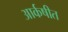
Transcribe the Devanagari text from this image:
आर्कषीत